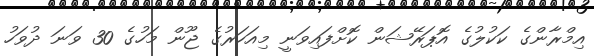
އިމްރާންގެ ކަކުލުގެ އޮޕަރޭޝަން ކޮށްފައިވަނީ މިއަހަރުގެ ޖޫން މަހުގެ 30 ވަނަ ދުވަހު